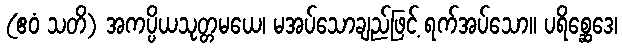
(ဧဝံ သတိ) အကပ္ပိယသုတ္တမယေ၊ မအပ်သောချည်ဖြင့် ရက်အပ်သော။ ပရိစ္ဆေဒေ၊